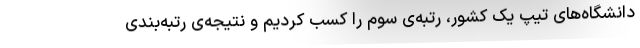
دانشگاه‌های تیپ یک کشور، رتبه‌ی سوم را کسب کردیم و نتیجه‌ی رتبه‌بندی